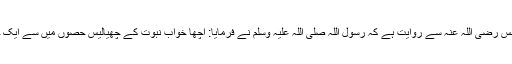
حضرت انس رضی اللہ عنہ سے روایت ہے کہ رسول اللہ صلی اللہ علیہ وسلم نے فرمایا: اچھا خواب نبوت کے چھیالیس حصوں میں سے ایک حصہ ہے۔